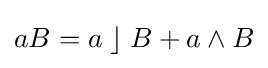
aB=a\;\rfloor \;B+a\wedge B